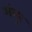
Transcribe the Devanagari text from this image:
अंगुर